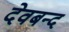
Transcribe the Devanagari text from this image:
देवबन्‍द